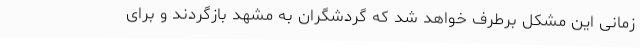
زمانی این مشکل برطرف خواهد شد که گردشگران به مشهد بازگردند و برای